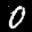
Label: 0